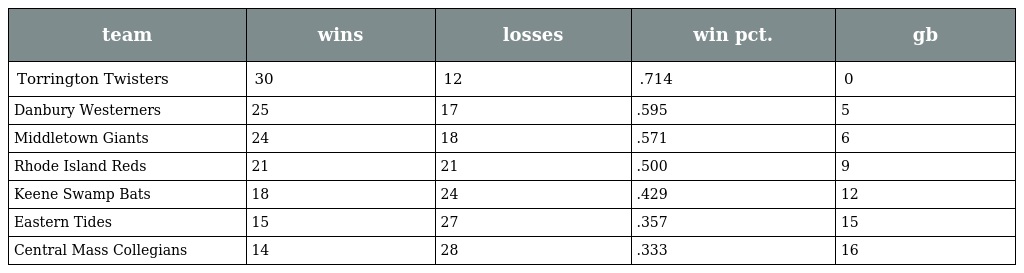
| team | wins | losses | win pct. | gb |
 | --- | --- | --- | --- | --- |
 | Torrington Twisters | 30 | 12 | .714 | 0 |
 | Danbury Westerners | 25 | 17 | .595 | 5 |
 | Middletown Giants | 24 | 18 | .571 | 6 |
 | Rhode Island Reds | 21 | 21 | .500 | 9 |
 | Keene Swamp Bats | 18 | 24 | .429 | 12 |
 | Eastern Tides | 15 | 27 | .357 | 15 |
 | Central Mass Collegians | 14 | 28 | .333 | 16 |